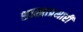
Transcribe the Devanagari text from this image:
शाखाप्रभारी